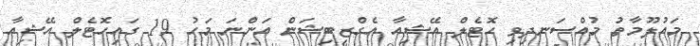
މައުލޫމާތު މުއްސަނދިވި ހޮޓެލް އޭޝިއާ އެގްޒިބިޝަން އަންނަ މަހު 19 ގައިހޮޓެލް އޭޝިއާ